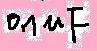
Text: 0.1µF